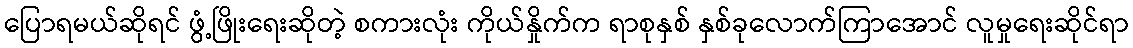
ပြောရမယ်ဆိုရင် ဖွံ့ဖြိုးရေးဆိုတဲ့ စကားလုံး ကိုယ်နှိုက်က ရာစုနှစ် နှစ်ခုလောက်ကြာအောင် လူမှုရေးဆိုင်ရာ